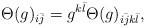
LaTeX: \begin{align*}\Theta(g)_{i\bar{j}}=g^{k\bar{l}}\Theta(g)_{i\bar{j}k\bar{l}},\end{align*}